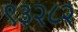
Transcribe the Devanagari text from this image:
९३२८२